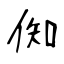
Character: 倁